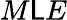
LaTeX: M\mathsf{L}E